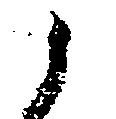
候